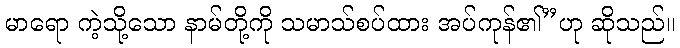
မာရော ကဲ့သို့သော နာမ်တို့ကို သမာသ်စပ်ထား အပ်ကုန်၏”ဟု ဆိုသည်။